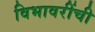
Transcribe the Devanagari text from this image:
विभावरींची